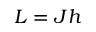
L = J h